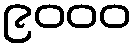
၉၀၀၀